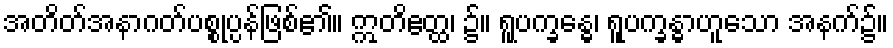
အတိတ်အနာဂတ်ပစ္စုပ္ပန်ဖြစ်၏။ ဣတိဧတ္ထ၊ ၌။ ရူပက္ခန္ဓေ၊ ရူပက္ခန္ဓာဟူသော အနက်၌။